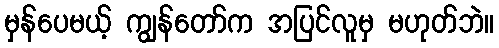
မှန်ပေမယ့် ကျွန်တော်က အပြင်လူမှ မဟုတ်ဘဲ။